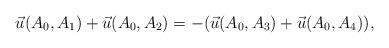
LaTeX: \begin{align*}\vec {u}(A_{0},A_{1})+\vec {u}(A_{0},A_{2})= - (\vec {u}(A_{0},A_{3})+\vec {u}(A_{0},A_{4})),\end{align*}